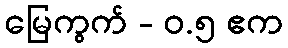
မြေကွက် - ၀.၅ ဧက